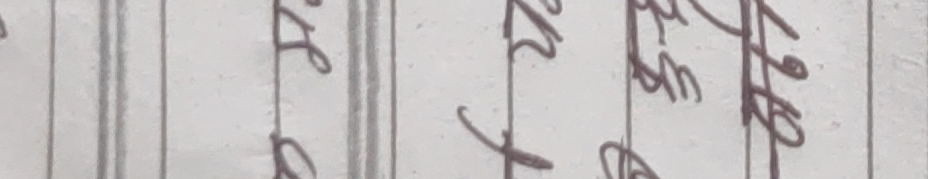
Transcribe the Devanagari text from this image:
१९७० चैत २५ गते